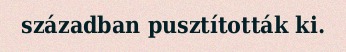
században pusztították ki.